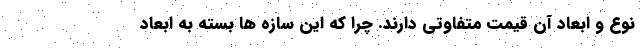
نوع و ابعاد آن قیمت متفاوتی دارند. چرا که این سازه ها بسته به ابعاد